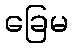
ခြေမ